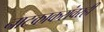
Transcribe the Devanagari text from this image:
नाटकाकरांवरही